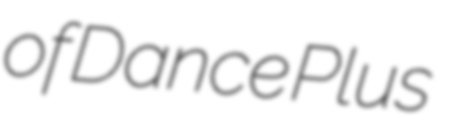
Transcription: of Dance Plus